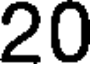
20